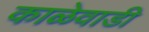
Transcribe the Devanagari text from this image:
काळेवाडी